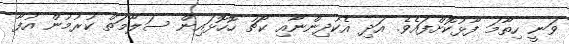
ވަނީ ހިތާމަ ފާޅުކޮށްފައެވެ. އަދި އެކުދިންނާއި ކޯޗު ހޮހޮޅައިން ސަލާމަތް ކުރުމުން އުފާ